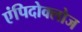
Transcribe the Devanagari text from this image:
एंपिदोक्लोज